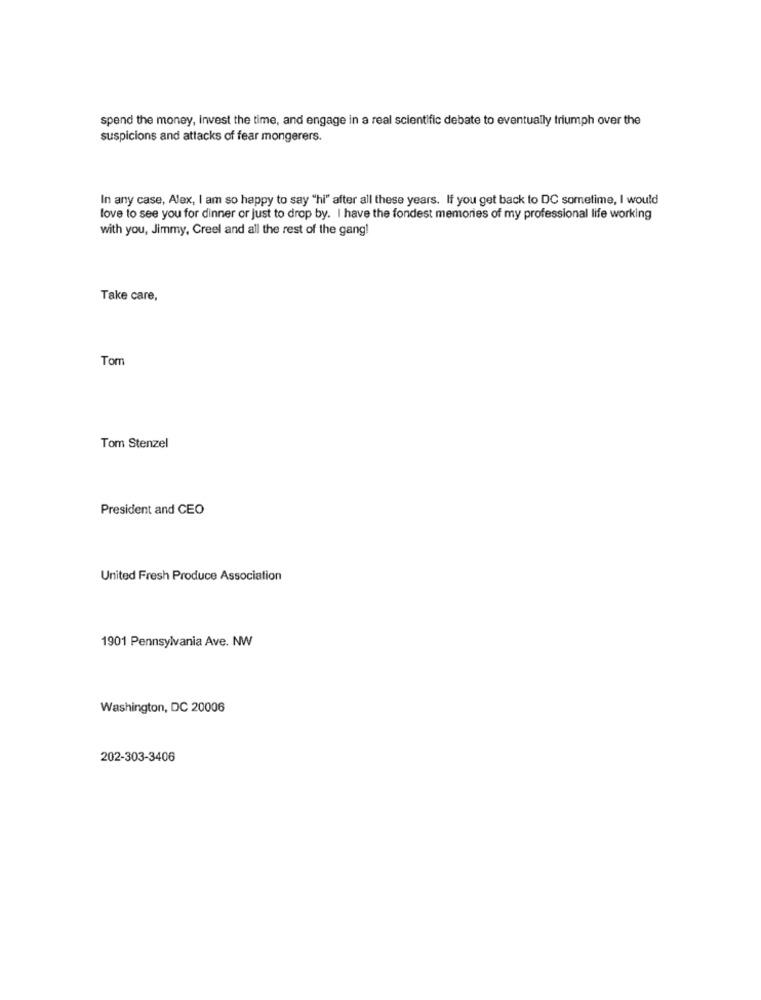
spend the money, invest the time, and engage in a real scientific debate to eventually triumph over the
suspicions and attacks of fear mongerers.
In any case, Alex, I am so happy to say "hi" after all these years. If you get back to DC sometime, I would
love to see you for dinner or just to drop by. I have the fondest memories of my professional life working
with you, Jimmy, Creel and all the rest of the gang!
Take care,
Tom
Tom Stenzel
President and CEO
United Fresh Produce Association
1901 Pennsylvania Ave. NW
Washington, DC 20006
202-303-3406